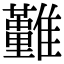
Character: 𩁤